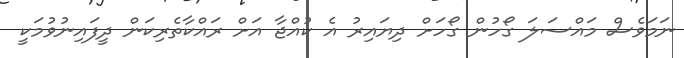
ނަމަވެސް މައްސަލަ ގޯހުން ގޯހަށް ދިޔައިރު އެ ކުއްޖާ އަށް ރައްކާތެރިކަން ދީފައިނުވުމަކީ